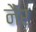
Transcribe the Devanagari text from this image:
नैर